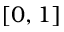
[ 0 , 1 ]